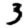
Digit: 3